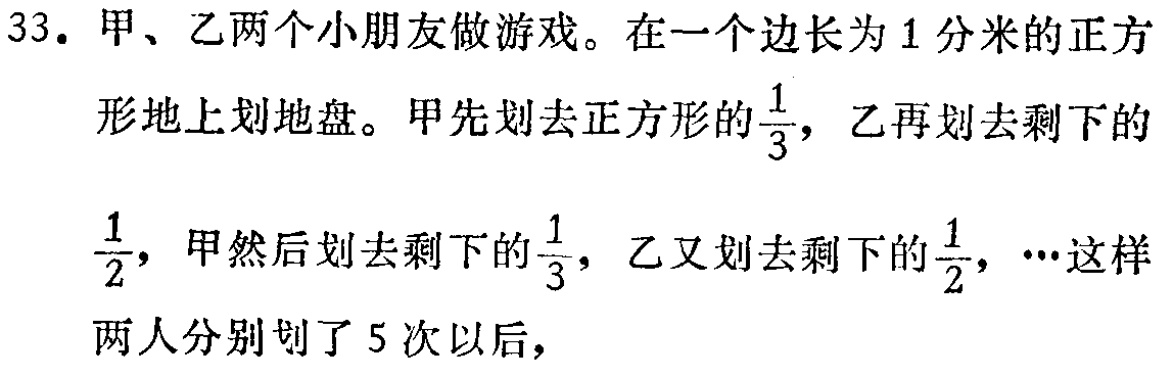
33. 甲、乙两个小朋友做游戏。在一个边长为1分米的正方形地上划地盘。甲先划去正方形的$\frac{1}{3}$，乙再划去剩下的$\frac{1}{2}$，甲然后划去剩下的$\frac{1}{3}$，乙又划去剩下的$\frac{1}{2}$，…这样两人分别划了5次以后，